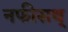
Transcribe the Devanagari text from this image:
नफीसथ्